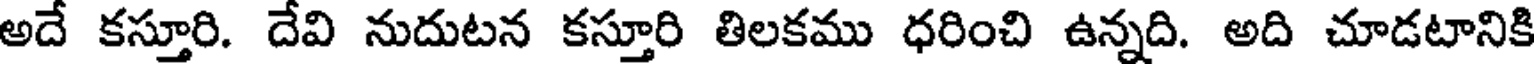
అదే కస్తూరి. దేవి నుదుటన కస్తూరి తిలకము ధరించి ఉన్నది. అది చూడటానికి